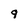
Character: 9